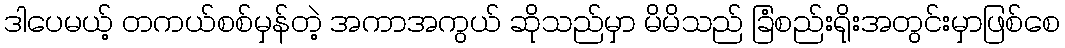
ဒါပေမယ့် တကယ်စစ်မှန်တဲ့ အကာအကွယ် ဆိုသည်မှာ မိမိသည် ခြံစည်းရိုးအတွင်းမှာဖြစ်စေ